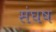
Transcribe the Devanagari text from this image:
संघष